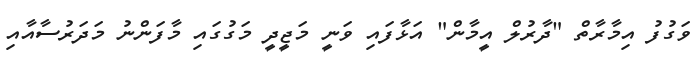
ވަގުފު އިމާރާތް "ދާރުލް އީމާން" އަޅާފައި ވަނީ މަޖީދީ މަގުގައި މާފަންނު މަދަރުސާއާއި